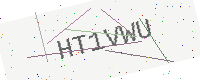
Text: HT1VWU